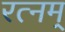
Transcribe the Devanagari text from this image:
रत्नम्‌